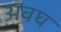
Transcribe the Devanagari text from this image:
अवघ